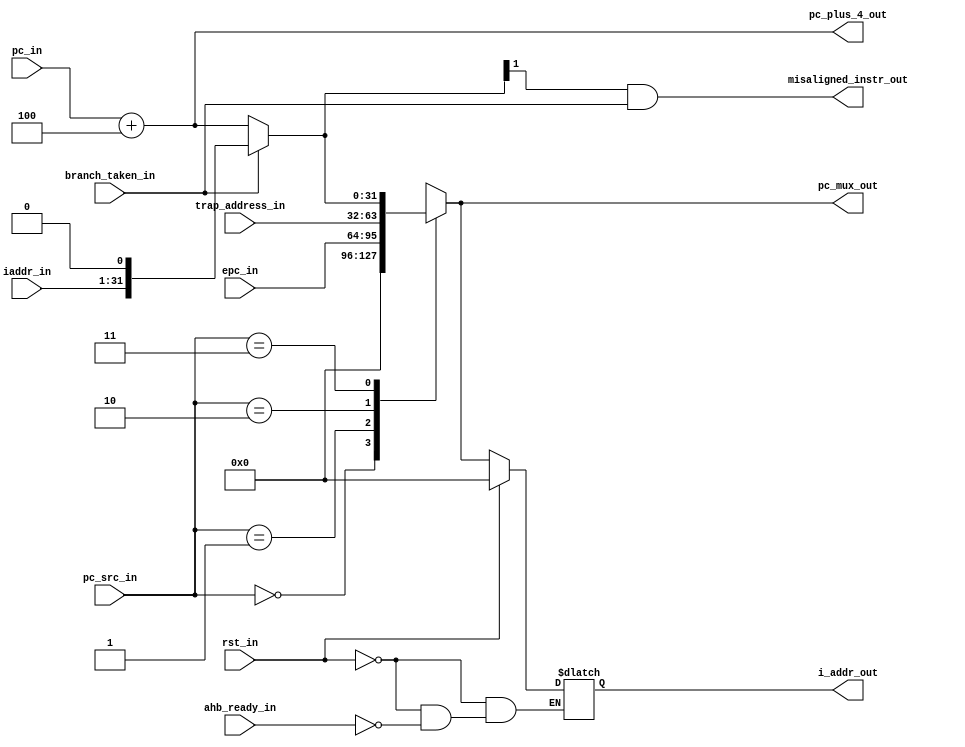
module msrv32_pc (input              branch_taken_in,rst_in,
                  input              ahb_ready_in,
                  input       [1:0 ] pc_src_in,
                  input       [31:0] epc_in,trap_address_in,pc_in,
                  input       [31:1] iaddr_in,
                  output      [31:0] pc_plus_4_out,i_addr_out,
		  output             misaligned_instr_out,
                  output  reg [31:0] pc_mux_out
		 );
   reg [31:0] i_addr;
   parameter BOOT_ADDRESS = 0;

  
   wire [31:0] next_pc;   
  
   assign misaligned_instr_out=next_pc[1] & branch_taken_in;   
   assign pc_plus_4_out = pc_in + 32'h00000004;   

  
   assign next_pc=branch_taken_in ? {iaddr_in,1'b0} : pc_plus_4_out; 


   assign i_addr_out = i_addr;


   always@(*)
   begin
      case(pc_src_in)
         2'b00  : pc_mux_out = BOOT_ADDRESS;
         2'b01  : pc_mux_out = epc_in;
	 2'b10  : pc_mux_out = trap_address_in;
         2'b11  : pc_mux_out = next_pc;
	 default: pc_mux_out = next_pc;
      endcase
    end

   always @(*)
   begin
      if(rst_in)
      i_addr = BOOT_ADDRESS;
      else if(ahb_ready_in)
      i_addr =  pc_mux_out;
   end

endmodule